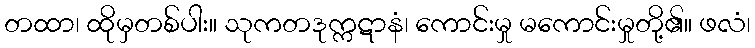
တထာ၊ ထိုမှတစ်ပါး။ သုကတဒုက္ကဋာနံ၊ ကောင်းမှု မကောင်းမှုတို့၏။ ဖလံ၊